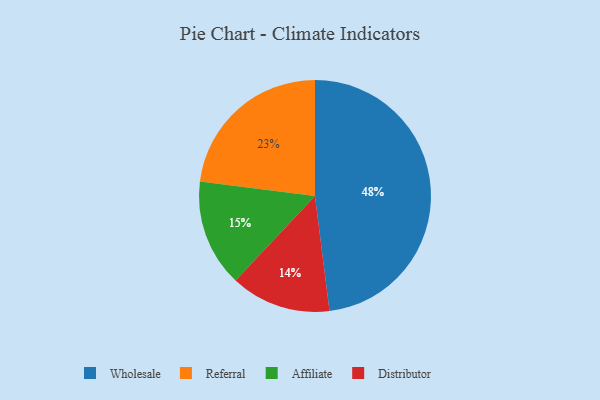
{"axis": {"x": "Category", "y": "Percentage"}, "legend": ["Affiliate", "Distributor", "Referral", "Wholesale"], "data": [{"x": "Wholesale", "y": 48, "type": "Wholesale"}, {"x": "Distributor", "y": 14, "type": "Distributor"}, {"x": "Referral", "y": 23, "type": "Referral"}, {"x": "Affiliate", "y": 15, "type": "Affiliate"}]}